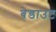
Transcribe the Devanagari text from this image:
बेडाउट